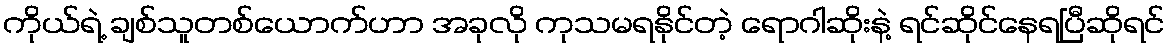
ကိုယ်ရဲ့ ချစ်သူတစ်ယောက်ဟာ အခုလို ကုသမရနိုင်တဲ့ ရောဂါဆိုးနဲ့ ရင်ဆိုင်နေရပြီဆိုရင်